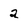
Character: 2